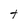
Character: t